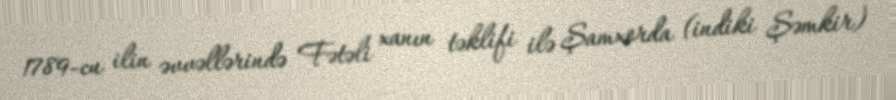
1789-cu ilin əvvəllərində Fətəli xanın təklifi ilə Şamxorda (indiki Şəmkir)